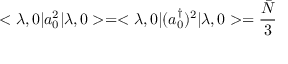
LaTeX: < \lambda , 0 | a _ { 0 } ^ { 2 } | \lambda , 0 > = < \lambda , 0 | ( a _ { 0 } ^ { \dagger } ) ^ { 2 } | \lambda , 0 > = \frac { { \bar { N } } } { 3 }